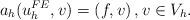
LaTeX: \begin{align*} a_h(u_h^{FE},v)=\left(f,v\right),v\in V_h.\end{align*}